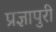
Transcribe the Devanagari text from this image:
प्रज्ञापुरी